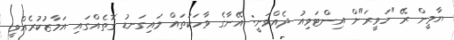
ޔާމީން ރޭ "ހަވީރަ"ށް އިންޓަވިއު ދެއްވަނީ: އޭނާގެ ވާހަކަތައް މައިގަނޑު ގޮތެއްގައި އަމާޒުކުރެއްވީ